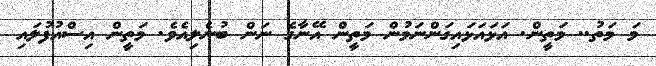
މަ މަތު.. މަތީން. އަޅައަޅައިގަންނަމުން މަތީން އޭނާގެ ނަން ބުނެލިއެވެ. މަތީން އިސްއުފުލައި